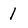
Character: 1